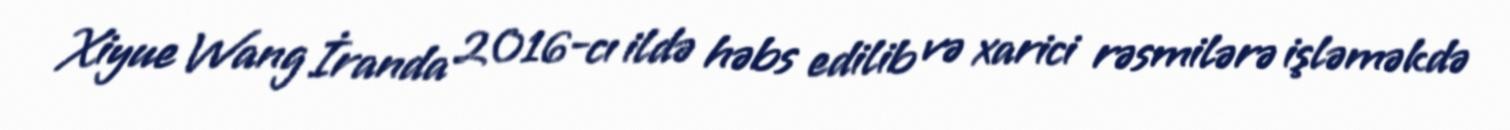
Xiyue Wang İranda 2016-cı ildə həbs edilib və xarici rəsmilərə işləməkdə